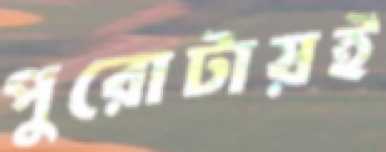
পুরোটায়ই